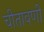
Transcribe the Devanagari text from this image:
चीतावणी